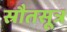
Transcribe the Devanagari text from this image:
स्रौतसूत्र